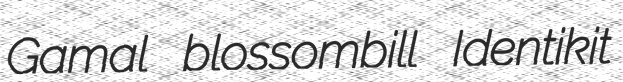
Gamal blossombill Identikit